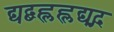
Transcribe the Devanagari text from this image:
द्यद्बह्लह्लद्यद्ग